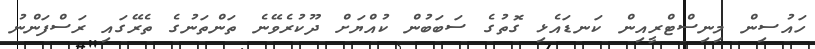
ހައުސިން މިނިސްޓްރީއިން ކަނޑައެޅި ގޮތުގެ ސަބަބުން ކުއްޔަށް ދޫކުރެވޭނެ ތަންތަނުގެ ތެރޭގައި ރަސްފަންނު